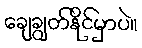
ချေချွတ်နိုင်မှာပဲ။